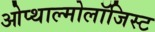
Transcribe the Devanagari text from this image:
ओप्थाल्मोलॉजिस्ट